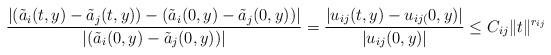
LaTeX: \begin{align*} \frac {|(\tilde a_i(t,y)- \tilde a_j(t,y)) - (\tilde a_i(0,y)- \tilde a_j(0,y))| } {|(\tilde a_i(0,y)- \tilde a_j(0,y)) |} = \frac {|u_{ij}(t,y) - u_{ij(}0,y)| } {|u_{ij}(0,y) |} \le C_{ij} \|t\|^{r_{ij}} \end{align*}